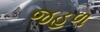
જહળ